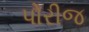
પોરીજ